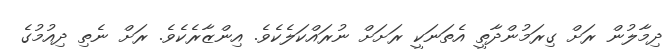
ދިމާލުން ރަށް ގިރަމުންދާތީ އެތަނަކީ ރަށަށް ނުރައްކަލެކެވެ. އިންޒާރެކެވެ. ރަށް ނެތި ދިއުމުގެ